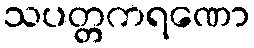
သပတ္တကရဏော